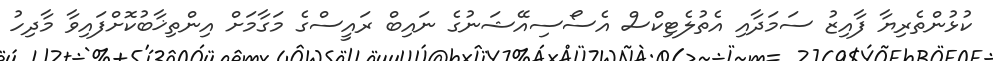
ކުޅުންތެރިޔާ ފާއިޒު ސަމަދާއި އެތުލެޓިކްސް އެސޯސިއޭޝަނުގެ ނައިބް ރައީސްގެ މަގާމަށް އިންތިޚާބުކޮށްފައިވާ މާދިހު